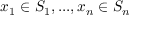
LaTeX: x _ { 1 } \in S _ { 1 } , . . . , x _ { n } \in S _ { n }